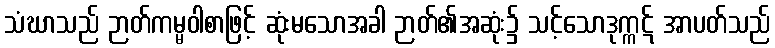
သံဃာသည် ဉာတ်ကမ္မဝါစာဖြင့် ဆုံးမသောအခါ ဉာတ်၏အဆုံး၌ သင့်သောဒုက္ကဋ် အာပတ်သည်